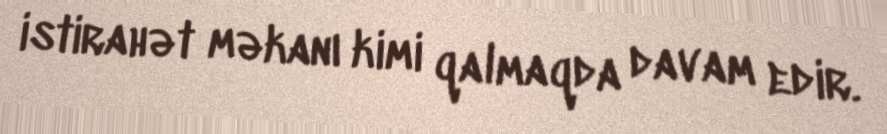
istirahət məkanı kimi qalmaqda davam edir.